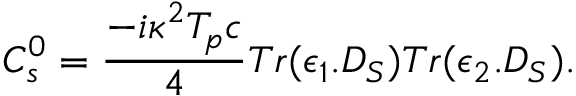
C _ { s } ^ { 0 } = { \frac { - i \kappa ^ { 2 } T _ { p } c } { 4 } } T r ( \epsilon _ { 1 } . D _ { S } ) T r ( \epsilon _ { 2 } . D _ { S } ) .